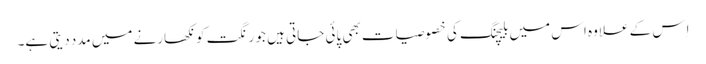
اِس کے علاوہ اس میں بلیچنگ کی خصوصیات بھی پائی جاتی ہیں جو رنگت کو نکھارنے میں مدد دیتی ہے۔